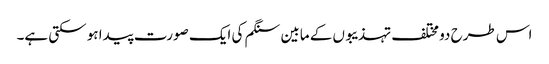
اس طرح دو مختلف تہذیبوں کے مابین سنگم کی ایک صورت پیدا ہو سکتی ہے۔